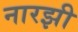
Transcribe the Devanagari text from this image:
नारझी